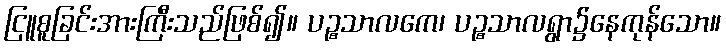
ငြူစူခြင်းအားကြီးသည်ဖြစ်၍။ ပဉ္စသာလကေ၊ ပဉ္စသာလရွာ၌နေကုန်သော။